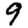
Digit: 9